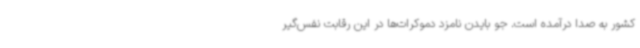
کشور به صدا درآمده است. جو بایدن نامزد دموکرات‌ها در این رقابت نفس‌گیر